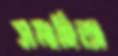
সমাহিতা